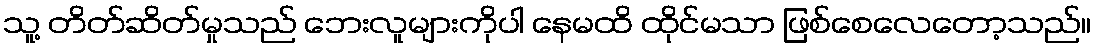
သူ့ တိတ်ဆိတ်မှုသည် ဘေးလူများကိုပါ နေမထိ ထိုင်မသာ ဖြစ်စေလေတော့သည်။